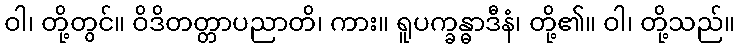
ဝါ၊ တို့တွင်။ ဝိဒိတတ္တာပညာတိ၊ ကား။ ရူပက္ခန္ဓာဒီနံ၊ တို့၏။ ဝါ၊ တို့သည်။